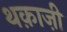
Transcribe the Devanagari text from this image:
थक़ाज़ी